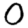
Digit: 0